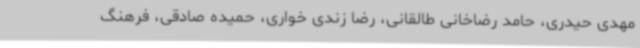
مهدی حیدری، حامد رضاخانی طالقانی، رضا زندی خواری، حمیده صادقی، فرهنگ